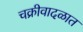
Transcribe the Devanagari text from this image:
चक्रीवादळात